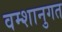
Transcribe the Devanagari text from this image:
वम्शानुगत